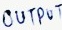
Text: OUTPUT